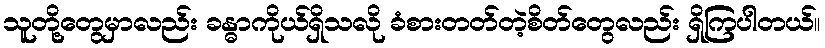
သူတို့တွေမှာလည်း ခန္ဓာကိုယ်ရှိသလို ခံစားတတ်တဲ့စိတ်တွေလည်း ရှိကြပါတယ်။